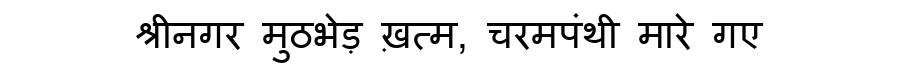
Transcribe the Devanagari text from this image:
श्रीनगर मुठभेड़ ख़त्म, चरमपंथी मारे गए